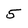
Character: 5